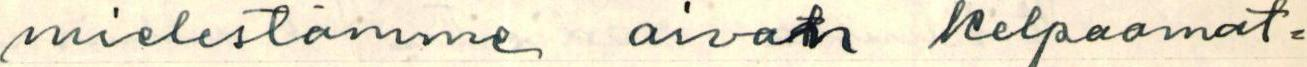
mielestämme aivan kelpaamat=